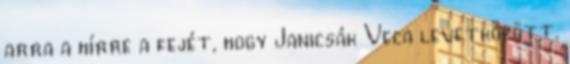
arra a hírre a fejét, hogy Janicsák Veca levetkőzött.